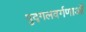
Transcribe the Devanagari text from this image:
पुद्गलवर्गणाओं